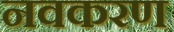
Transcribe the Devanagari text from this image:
नवकरण